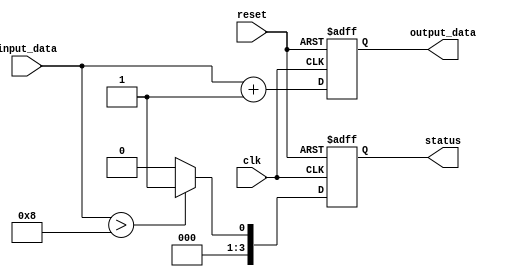
module behavioral_modeling_example (
    input wire clk,
    input wire reset,
    input wire [3:0] input_data,
    output reg [3:0] output_data,
    output reg [3:0] status
);

// Define a task to perform a computation
task compute_status;
    input [3:0] data;
    begin
        // Example computation: set status based on input data
        if (data > 4'b1000) begin
            status <= 4'b0001; // Set status to 1 if data is greater than 8
        end else begin
            status <= 4'b0000; // Set status to 0 otherwise
        end
    end
endtask

// Continuous assignment using non-blocking assignment
always @(posedge clk or posedge reset) begin
    if (reset) begin
        output_data <= 4'b0000; // Reset output data
        status <= 4'b0000;      // Reset status
    end else begin
        // Call the task to compute status
        compute_status(input_data);
        
        // Update output_data based on some condition
        output_data <= input_data + 1; // Increment input_data for output
    end
end

endmodule